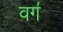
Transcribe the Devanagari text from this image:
वग॔